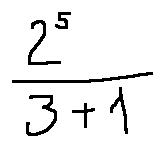
\frac { 2 ^ { 5 } } { 3 + 1 }